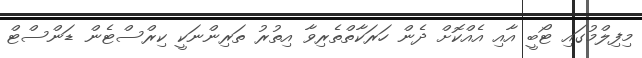
މިފިލްމުގައި ޓޯބީ އާއި އެއްކޮށް ދެން ހަރަކާތްތެރިވާ އިތުރު ތަރިންނަކީ ކިރްސްޓެން ޑަންސްޓް